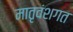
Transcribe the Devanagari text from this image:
मातृवंशगत